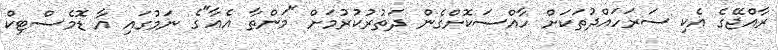
ރާއްޖޭގެ އެކި ސަރަހައްދުތަކަށް ހާއްސަކޮށްގެން ދަތުރުކުރުމަށް "މަންތާ އެއާ"ގެ ނަމުގައި އާ ޑޮމެސްޓިކް